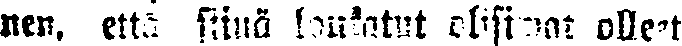
nen, että siinä loukatut olisiwat olleet